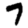
Digit: 7